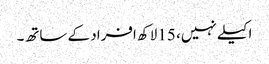
اکیلے نہیں، 15 لاکھ افراد کے ساتھ۔